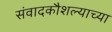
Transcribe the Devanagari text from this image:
संवादकौशल्याच्या